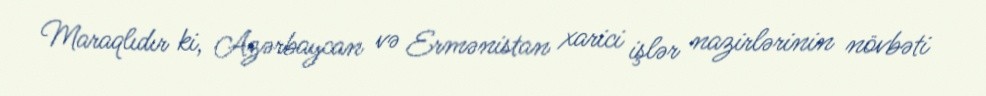
Maraqlıdır ki, Azərbaycan və Ermənistan xarici işlər nazirlərinin növbəti